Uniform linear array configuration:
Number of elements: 48
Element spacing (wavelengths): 0.75
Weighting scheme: binomial
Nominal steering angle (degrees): -45
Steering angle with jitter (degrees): -46.125
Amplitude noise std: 0.05
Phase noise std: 0.05

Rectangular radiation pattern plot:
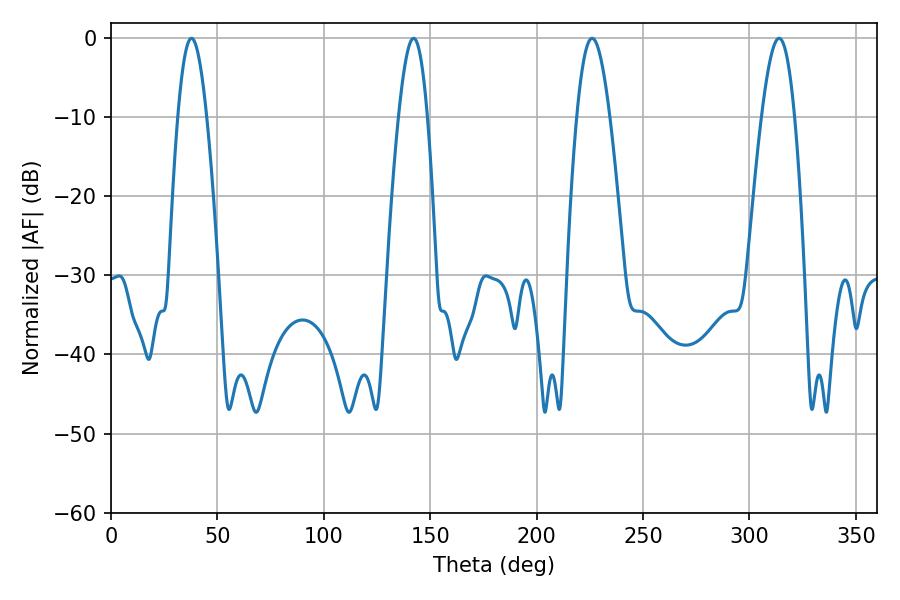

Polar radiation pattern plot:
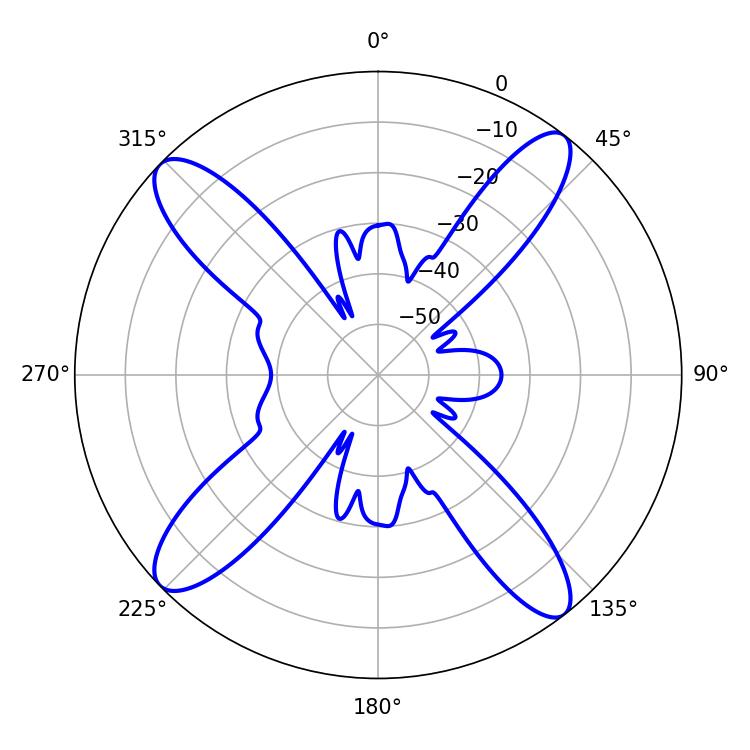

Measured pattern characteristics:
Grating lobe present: TRUE
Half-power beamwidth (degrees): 8.28
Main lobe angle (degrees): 226.08